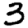
Digit: 3